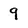
Character: 9